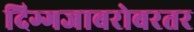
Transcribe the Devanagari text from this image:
दिग्गजाबरोबरतर